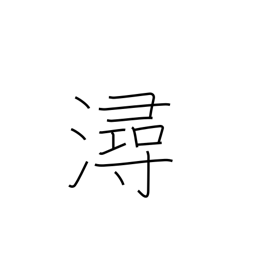
Meaning: banks